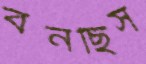
বনছিস